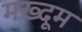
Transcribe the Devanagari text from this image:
मख्दूम